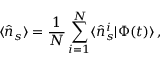
\langle \hat { n } _ { s } \rangle = \frac { 1 } { N } \sum _ { i = 1 } ^ { N } \langle \hat { n } _ { s } ^ { i } | \Phi ( t ) \rangle \, ,